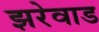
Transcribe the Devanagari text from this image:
झरेवाड